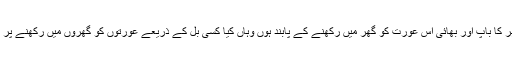
جس دین میں شوہروں کی موت کے بعد بھی ایک سال تک اس شوہر کا باپ اور بھائی اس عورت کو گھر میں رکھنے کے پابند ہوں وہاں کیا کسی بل کے ذریعے عورتوں کو گھروں میں رکھنے پر مجبور کیا جانے کا احسان رکھنا سوائے ایک مزاق کے کچھ نہیں ۔